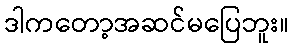
ဒါကတော့အဆင်မပြေဘူး။